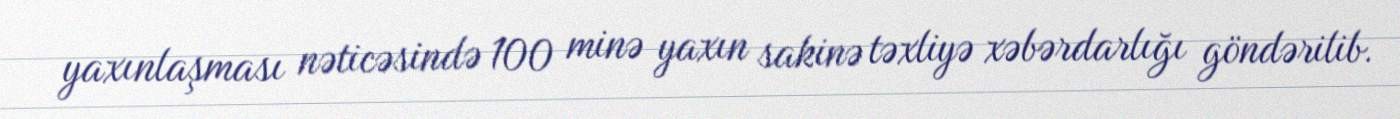
yaxınlaşması nəticəsində 100 minə yaxın sakinə təxliyə xəbərdarlığı göndərilib.